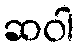
ဆဝါ